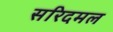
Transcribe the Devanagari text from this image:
सरिदमल